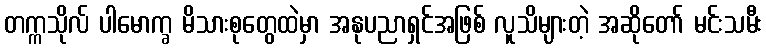
တက္ကသိုလ် ပါမောက္ခ မိသားစုတွေထဲမှာ အနုပညာရှင်အဖြစ် လူသိများတဲ့ အဆိုတော် မင်းသမီး